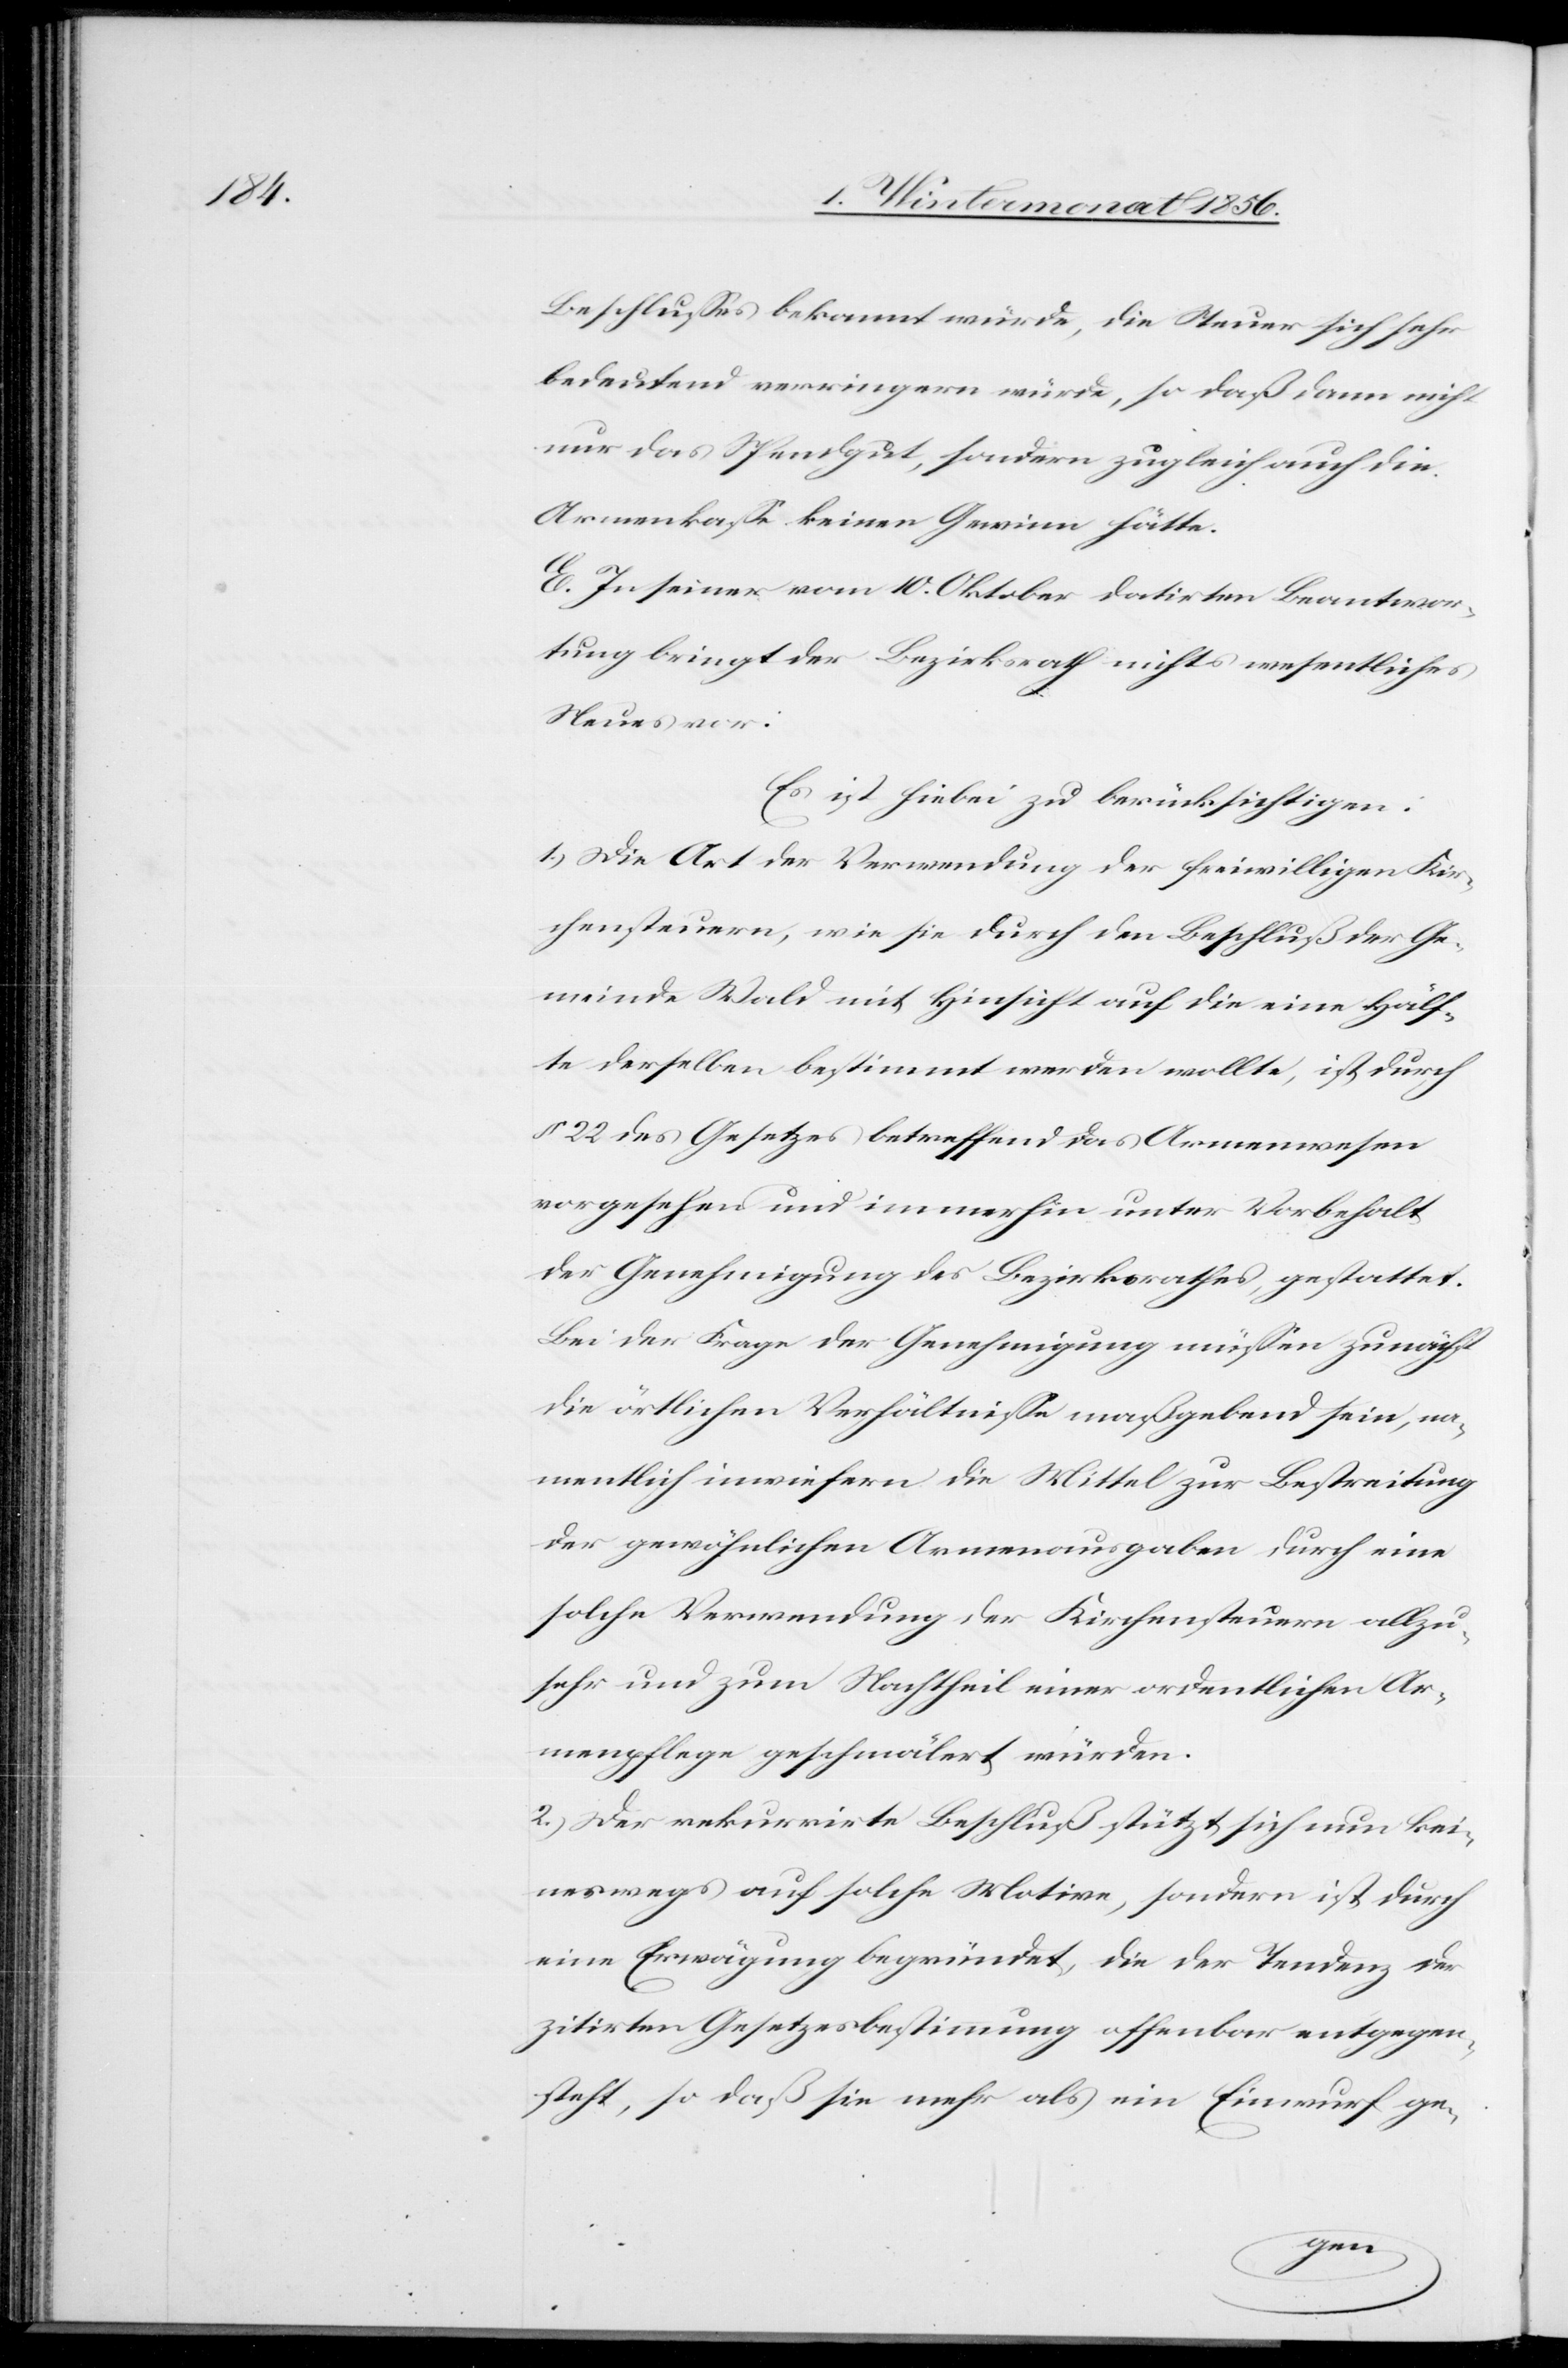
Beschlusses bekannt würde, die Steuer sich sehr
bedeutend verringern würde, so daß dann nicht
nur das Spendgut, sondern zugleich auch die
Armenkasse keinen Gewinn hätte.
E. In seiner vom 10. Oktober datirten Beantwor¬
tung bringt der Bezirksrath nichts wesentliches
Neues vor:
Es ist hiebei zu berücksichtigen:
1.) Die Art der Verwendung der freiwilligen Kir¬
chensteuern, wie sie durch den Beschluß der Ge¬
meinde Wald mit Hinsicht auf die eine Hälf¬
te derselben bestimmt werden wollte, ist durch
§ 22 des Gesetzes betreffend das Armenwesen
vorgesehen und immerhin unter Vorbehalt
der Genehmigung des Bezirksrathes, gestattet.
Bei der Frage der Genehmigung müssen zunächst
die örtlichen Verhältnisse maßgebend sein, na¬
mentlich inwiefern die Mittel zur Bestreitung
der gewöhnlichen Armenausgaben durch eine
solche Verwendung der Kirchensteuern allzu¬
sehr und zum Nachtheil einer ordentlichen Ar¬
mensteuer geschmälert würden.
2.) Der rekurrirte Beschluß stützt sich nun kei¬
neswegs auf solche Motive, sondern ist durch
eine Erwägung begründet, die der Tendenz der
zitirten Gesetzesbestimmung offenbar entgegen¬
steht, so daß sie mehr als ein Einwurf ge-